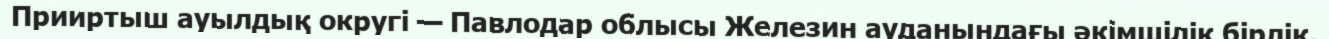
Прииртыш ауылдық округі — Павлодар облысы Железин ауданындағы әкімшілік бірлік.